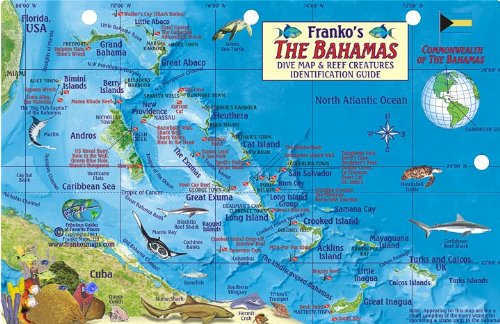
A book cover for Bahamas Map & Reef Creatures Guide Franko Maps Laminated Fish Card; Franko Maps Ltd.; Travel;